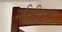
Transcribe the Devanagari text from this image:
मनिविज्ञान